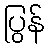
ပြွန်